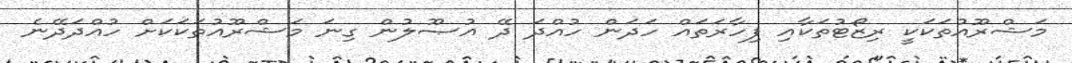
މަޝްރޫއުތަކަކީ ރިޒޯޓުތަކާއި ފިހާރަތައް ހަދަން ހުއްދަ ދޭ އުޞޫލުން ގިނަ މަޝްރޫއުތަކަކަށް ހުއްދަދޭނެ